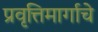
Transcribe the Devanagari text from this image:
प्रवृत्तिमार्गाचे